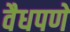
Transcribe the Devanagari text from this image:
वैधपणे